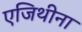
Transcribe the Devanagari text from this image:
एजिथीना